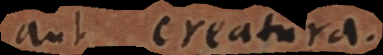
aut creatura.